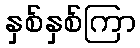
နှစ်နှစ်ကြာ